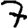
Digit: 7